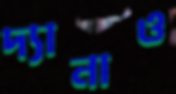
দ্যানাও